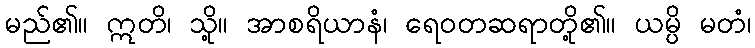
မည်၏။ ဣတိ၊ သို့။ အာစရိယာနံ၊ ရေဝတဆရာတို့၏။ ယမ္ပိ မတံ၊